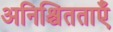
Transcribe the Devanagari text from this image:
अनिश्चितताएँ